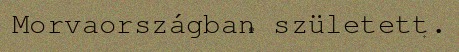
Morvaországban született.